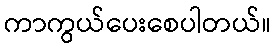
ကာကွယ်ပေးစေပါတယ်။